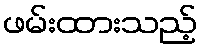
ဖမ်းထားသည့်